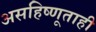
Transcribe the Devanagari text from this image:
असहिष्णूताही